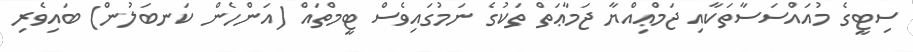
ސިޓީގެ މުއައްސަސާތަކާއި ޖަމްޢިއްޔާ ޖަމާޢަތް ތަކުގެ ނަމުގައިވެސް ޓީމްތައް (އަންހެން ކަނބަލުން) ބައިވެރި